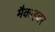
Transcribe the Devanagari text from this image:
मैकाइवर